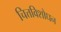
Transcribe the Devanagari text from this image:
चित्तविशोधन